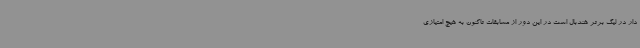
دار در لیگ برتر هندبال است در این دور از مسابقات تاکنون به هیچ امتیازی